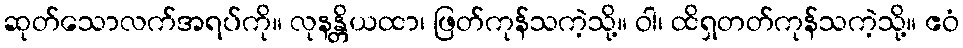
ဆုတ်သောလက်အရပ်ကို။ လုနန္တိယထာ၊ ဖြတ်ကုန်သကဲ့သို့။ ဝါ၊ ထိရှတတ်ကုန်သကဲ့သို့။ ဧဝံ